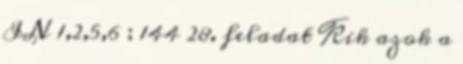
IN 1,2,5,6 ; 144 28. feladat Kik azok a